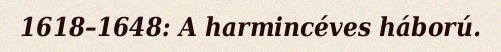
1618–1648: A harmincéves háború.